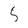
Character: 5